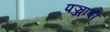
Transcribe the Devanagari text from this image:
पञ्जाबी